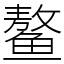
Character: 鳌